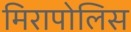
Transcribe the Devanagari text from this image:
मिरापोलिस